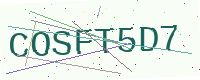
Text: COSFT5D7